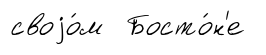
своjо́м Босто́н'е